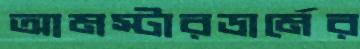
আমস্টারডার্মের